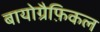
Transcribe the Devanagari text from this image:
बायोग्रैफ़िकल